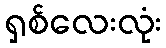
ရှစ်လေးလုံး